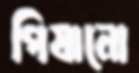
পিষানো